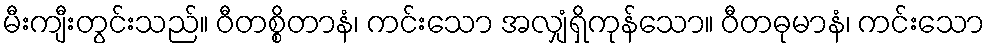
မီးကျီးတွင်းသည်။ ဝီတစ္စိတာနံ၊ ကင်းသော အလျှံရှိကုန်သော။ ဝီတဓုမာနံ၊ ကင်းသော